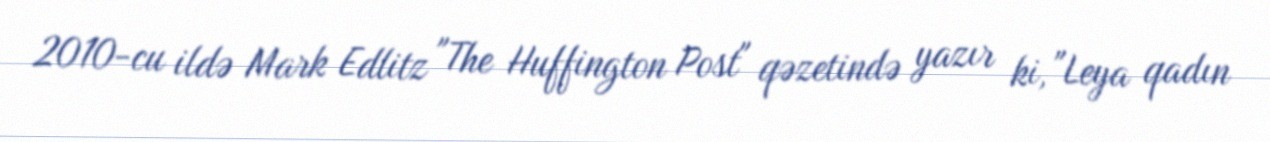
2010-cu ildə Mark Edlitz "The Huffington Post" qəzetində yazır ki, "Leya qadın